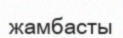
жамбасты